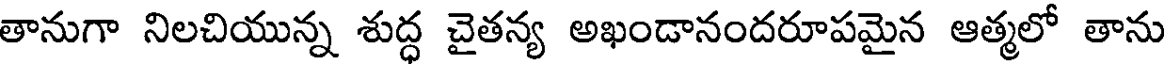
తానుగా నిలచియున్న శుద్ధ చైతన్య అఖండానందరూపమైన ఆత్మలో తాను